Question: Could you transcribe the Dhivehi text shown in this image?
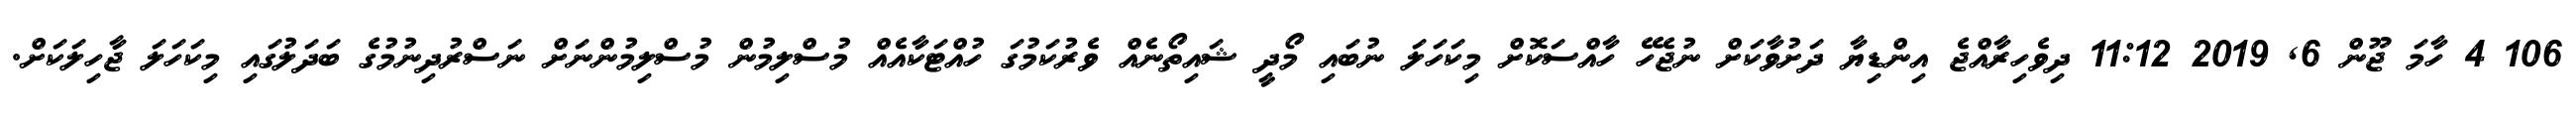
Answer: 106 4 ހާމަ ޖޫން 6, 2019 11:12 ދިވެހިރާއްޖެ އިންޑިޔާ ދަށުވާކަށް ނުޖެހޭ ހާއްސަކޮށް މިކަހަލަ ނުބައި މޯދީ ޝައިތޯނެއް ވެރުކަމުގަ ހުއްޓަކާއެއް މުސްލިމުން މުސްލިމުންނަށް ނަސްރުދިނުމުގެ ބަދަލުގައި މިކަހަލަ ޖާހިލަކަށް.